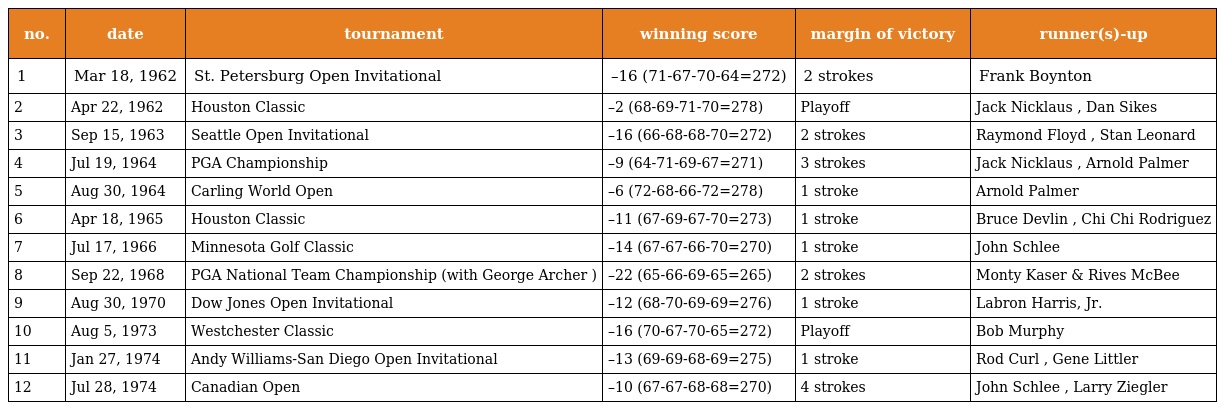
| no. | date | tournament | winning score | margin of victory | runner(s)-up |
 | --- | --- | --- | --- | --- | --- |
 | 1 | Mar 18, 1962 | St. Petersburg Open Invitational | –16 (71-67-70-64=272) | 2 strokes | Frank Boynton |
 | 2 | Apr 22, 1962 | Houston Classic | –2 (68-69-71-70=278) | Playoff | Jack Nicklaus , Dan Sikes |
 | 3 | Sep 15, 1963 | Seattle Open Invitational | –16 (66-68-68-70=272) | 2 strokes | Raymond Floyd , Stan Leonard |
 | 4 | Jul 19, 1964 | PGA Championship | –9 (64-71-69-67=271) | 3 strokes | Jack Nicklaus , Arnold Palmer |
 | 5 | Aug 30, 1964 | Carling World Open | –6 (72-68-66-72=278) | 1 stroke | Arnold Palmer |
 | 6 | Apr 18, 1965 | Houston Classic | –11 (67-69-67-70=273) | 1 stroke | Bruce Devlin , Chi Chi Rodriguez |
 | 7 | Jul 17, 1966 | Minnesota Golf Classic | –14 (67-67-66-70=270) | 1 stroke | John Schlee |
 | 8 | Sep 22, 1968 | PGA National Team Championship (with George Archer ) | –22 (65-66-69-65=265) | 2 strokes | Monty Kaser & Rives McBee |
 | 9 | Aug 30, 1970 | Dow Jones Open Invitational | –12 (68-70-69-69=276) | 1 stroke | Labron Harris, Jr. |
 | 10 | Aug 5, 1973 | Westchester Classic | –16 (70-67-70-65=272) | Playoff | Bob Murphy |
 | 11 | Jan 27, 1974 | Andy Williams-San Diego Open Invitational | –13 (69-69-68-69=275) | 1 stroke | Rod Curl , Gene Littler |
 | 12 | Jul 28, 1974 | Canadian Open | –10 (67-67-68-68=270) | 4 strokes | John Schlee , Larry Ziegler |